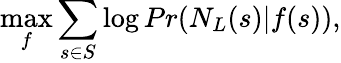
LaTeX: \operatorname*{max}_{f}\sum_{s\in S}\log Pr(N_{L}(s)|f(s)),